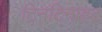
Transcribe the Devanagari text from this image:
टिनटिनाहट